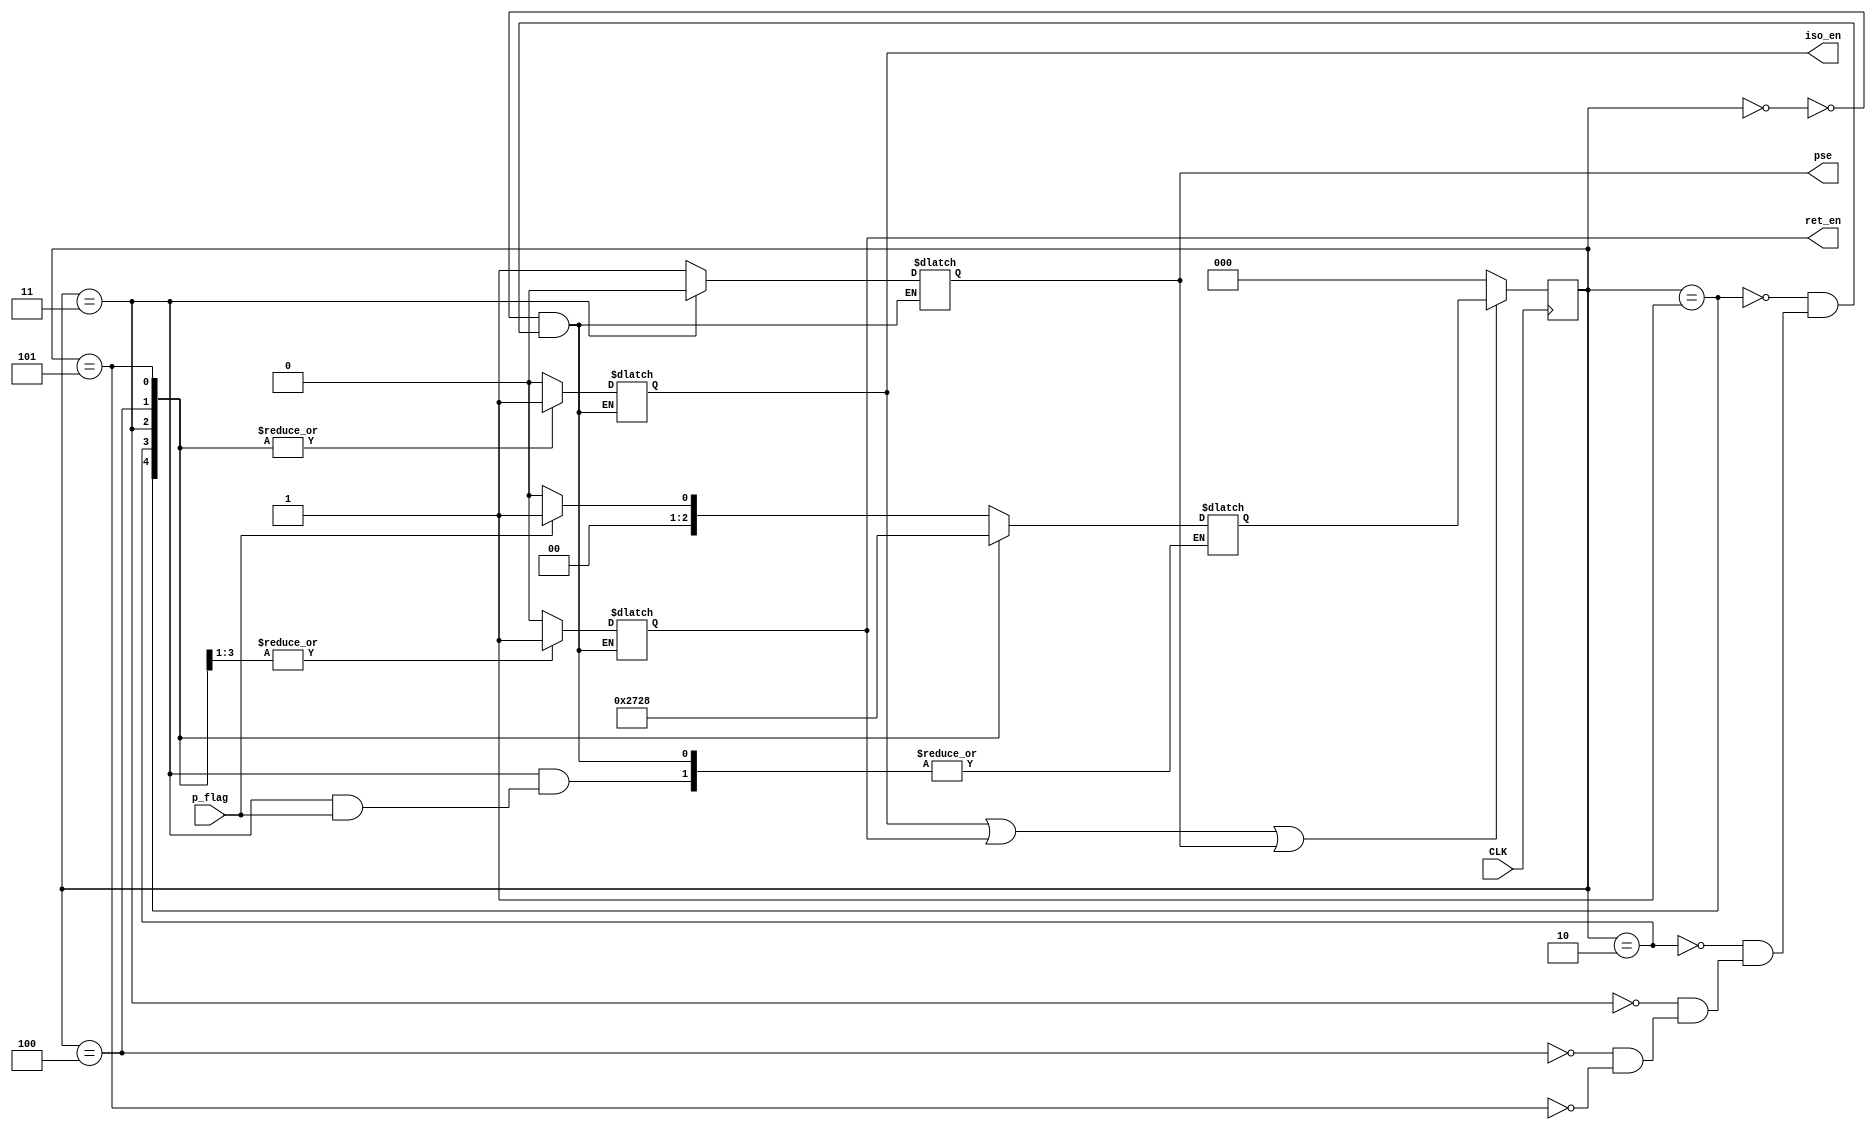
`timescale 1ns / 1ps
`define S0 3'b000
`define S1 3'b001
`define S2 3'b010
`define S3 3'b011
`define S4 3'b100
`define S5 3'b101
`define S6 3'b110

module power_con(p_flag,iso_en,ret_en,pse, CLK);
input       p_flag, CLK;
output  reg iso_en, ret_en, pse;

reg [2:0] state;
reg [2:0] next_state;

always @(state,  p_flag) begin
    case (state)
        `S0: begin
            if(p_flag) begin
                #10 {iso_en, ret_en, pse} = 3'b001;
                next_state = `S1;
            end
            else begin
                #10 {iso_en, ret_en, pse} = 3'b001;
                next_state = `S0;
            end
        end
        `S1: begin
             #10 {iso_en, ret_en, pse} = 3'b101;
             next_state = `S2;
        end
        `S2: begin
             #10 {iso_en, ret_en, pse} = 3'b111;
             next_state = `S3;
        end
        `S3: begin
            #10 {iso_en, ret_en, pse} = 3'b110;
            if(p_flag == 0)
                next_state = `S4;
        end
        `S4: begin
            #10 {iso_en, ret_en, pse} = 3'b111;
            next_state = `S5;
        end
        `S5: begin
            #10 {iso_en, ret_en, pse} = 3'b101;
            next_state = `S0;
        end
        //`S6: begin
        //    #10 {iso_en, ret_en, pse} = 3'b001;
        //    next_state = `S0;
        //end             
    endcase
end

always @(posedge CLK) begin
    if(iso_en || ret_en || pse)
        state <= next_state;
    else
        state <= `S0;
end


endmodule